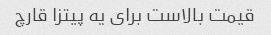
قیمت بالاست برای یه پیتزا قارچ